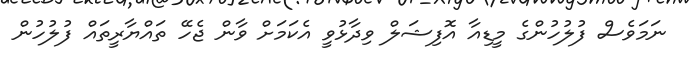
ނަމަވެސް ފުލުހުންގެ މީޑިއާ އޮފިޝަލް ވިދާޅުވީ އެކަމަށް ވާން ޖެހޭ ތައްޔާރީތައް ފުލުހުން